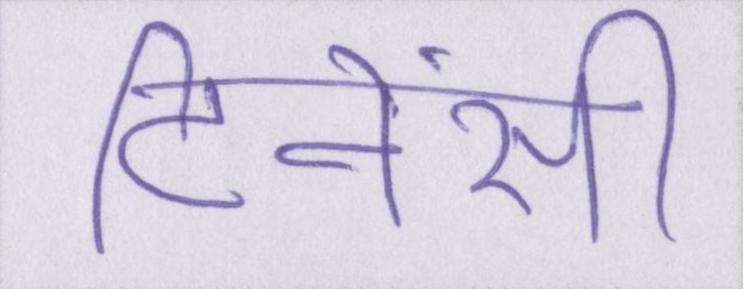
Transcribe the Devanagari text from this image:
टिनेंसी